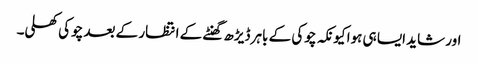
اور شاید ایسا ہی ہوا کیونکہ چوکی کے باہر ڈیڑھ گھنٹے کے انتظار کے بعد چوکی کھلی۔